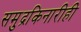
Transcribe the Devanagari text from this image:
समुद्रकिनारीही